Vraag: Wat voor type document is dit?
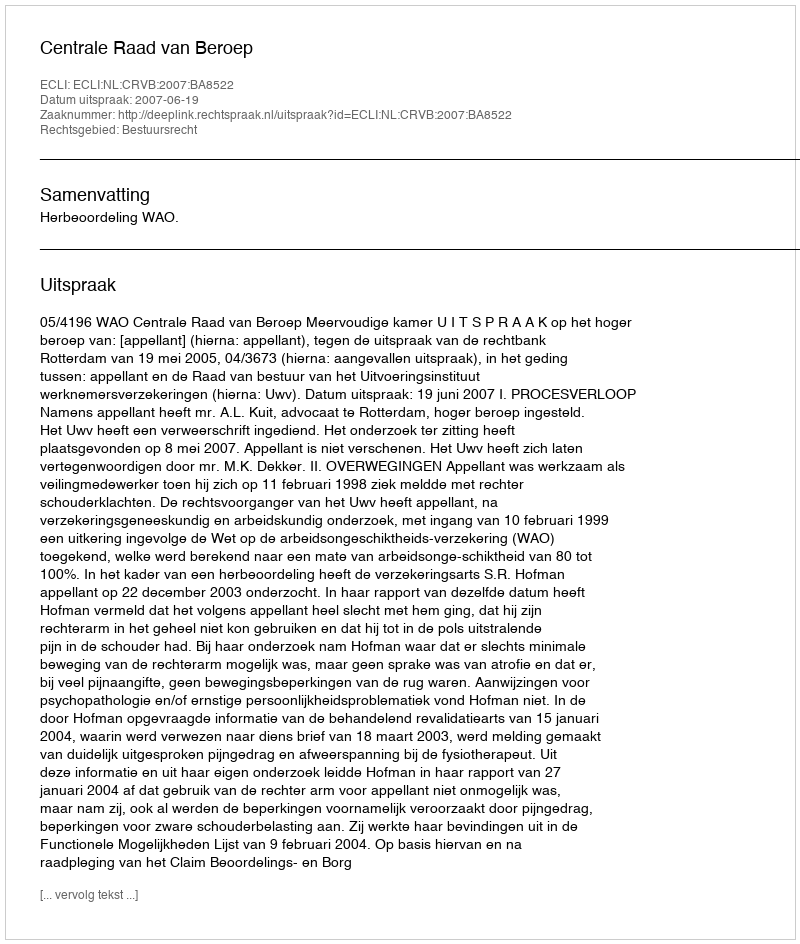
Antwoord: Uitspraak